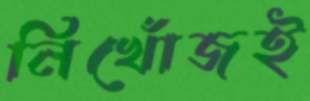
নিখোঁজই